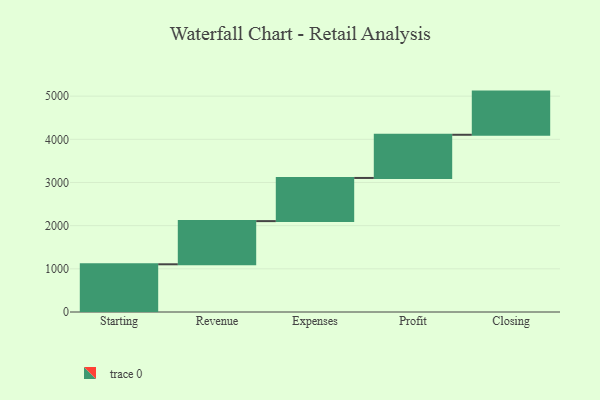
{"axis": {"x": "Step", "y": "Value"}, "legend": [""], "data": [{"x": "Starting", "y": 1105.0, "type": ""}, {"x": "Revenue", "y": 1000, "type": ""}, {"x": "Expenses", "y": 1000, "type": ""}, {"x": "Profit", "y": 1000, "type": ""}, {"x": "Closing", "y": 1000, "type": ""}]}